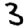
Digit: 3